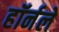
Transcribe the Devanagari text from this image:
हॉर्नले